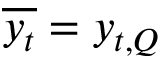
\overline { { y _ { t } } } = y _ { t , Q }